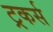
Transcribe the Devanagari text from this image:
ट्रकर्स